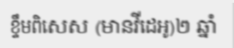
ខ្ទឹមពិសេស (មានវីដេអូ)២ ឆ្នាំ